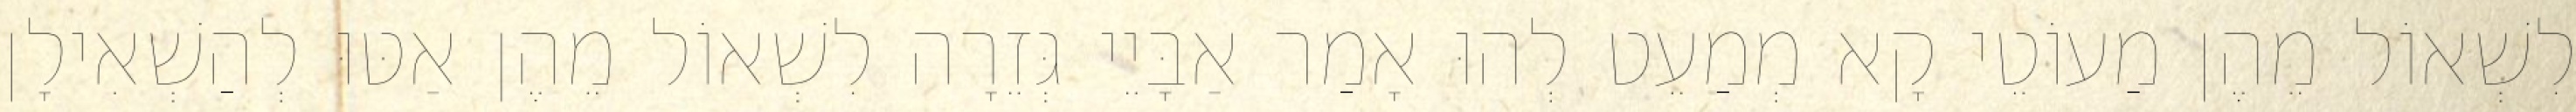
לִשְׁאוֹל מֵהֶן מַעוֹטֵי קָא מְמַעֵט לְהוּ אָמַר אַבָּיֵי גְּזֵרָה לִשְׁאוֹל מֵהֶן אַטּוּ לְהַשְׁאִילָן